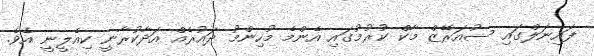
ފައިނަލްގައި ސުއަރޭޒް މާކް ކުރުމުގައި އެންމެ މުހިންމު ދައުރެއް އަދާކުރާނީ ކިއެލީނީ އެވެ.